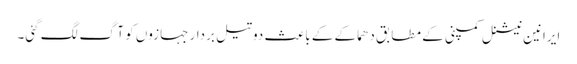
ایرانین نیشنل کمپنی کے مطابق دھماکے کے باعث دو تیل بردار جہازوں کو آگ لگ گئی۔